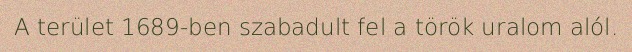
A terület 1689-ben szabadult fel a török uralom alól.